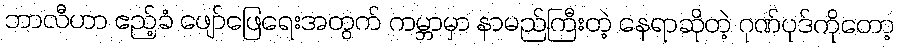
ဘာလီဟာ ဧည့်ခံ ဖျော်ဖြေရေးအတွက် ကမ္ဘာမှာ နာမည်ကြီးတဲ့ နေရာဆိုတဲ့ ဂုဏ်ပုဒ်ကိုတော့